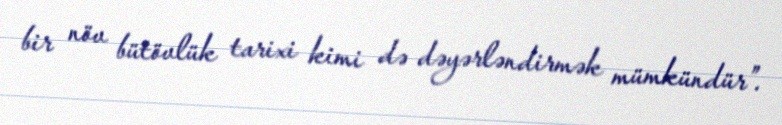
bir növ bütövlük tarixi kimi də dəyərləndirmək mümkündür”.